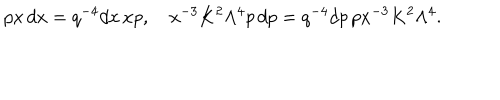
LaTeX: p x \, d x = q ^ { - 4 } d x \, x p , x ^ { - 3 } K ^ { 2 } \Lambda ^ { 4 } p \, d p = q ^ { - 4 } d p \, p x ^ { - 3 } K ^ { 2 } \Lambda ^ { 4 } .